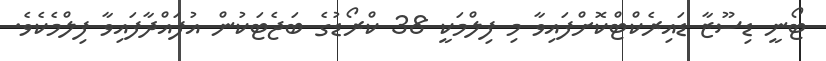
ޓޯނީ ޑިސޫޒާ ޑައިރެކްޓްކޮށްފައިވާ މި ފިލްމަކީ 38 ކްރޯޑުގެ ބަޖެޓަކުން އުފައްދާފައިވާ ފިލްމެކެވެ.